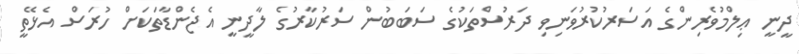
ދީނީ ޢިލްމުވެރިންގެ އަސަރުކުރުވަނިވި ދަރުސްތަކުގެ ސަބަބުން ސަރުކާރުގެ ލާދީނީ އެޖެންޑާތަކަށް ހުރަސް އެޅޭތީ